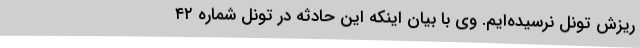
ریزش تونل نرسیده‌ایم. وی با بیان اینکه این حادثه در تونل شماره ٤٢